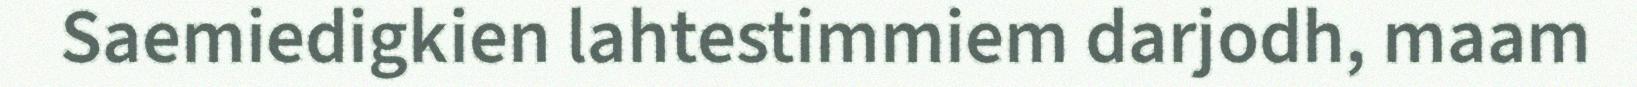
Saemiedigkien lahtestimmiem darjodh, maam